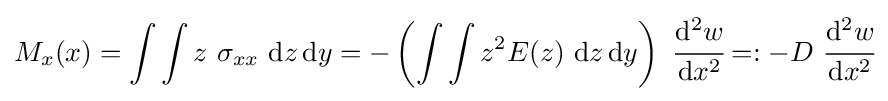
M_{x}(x)=\int \int z~\sigma _{xx}~\mathrm {d} z\,\mathrm {d} y=-\left(\int \int z^{2}E(z)~\mathrm {d} z\,\mathrm {d} y\right)~{\cfrac {\mathrm {d} ^{2}w}{\mathrm {d} x^{2}}}=:-D~{\cfrac {\mathrm {d} ^{2}w}{\mathrm {d} x^{2}}}